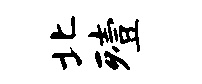
北殪